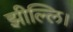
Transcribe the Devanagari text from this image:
झील्‍लि।